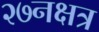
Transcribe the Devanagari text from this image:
२७नक्षत्र